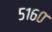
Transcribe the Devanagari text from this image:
५१६०